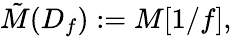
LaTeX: {\tilde{M}}(D_{f}):=M[1/f],